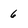
Character: 6